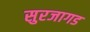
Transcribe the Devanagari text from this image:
सुरजागड